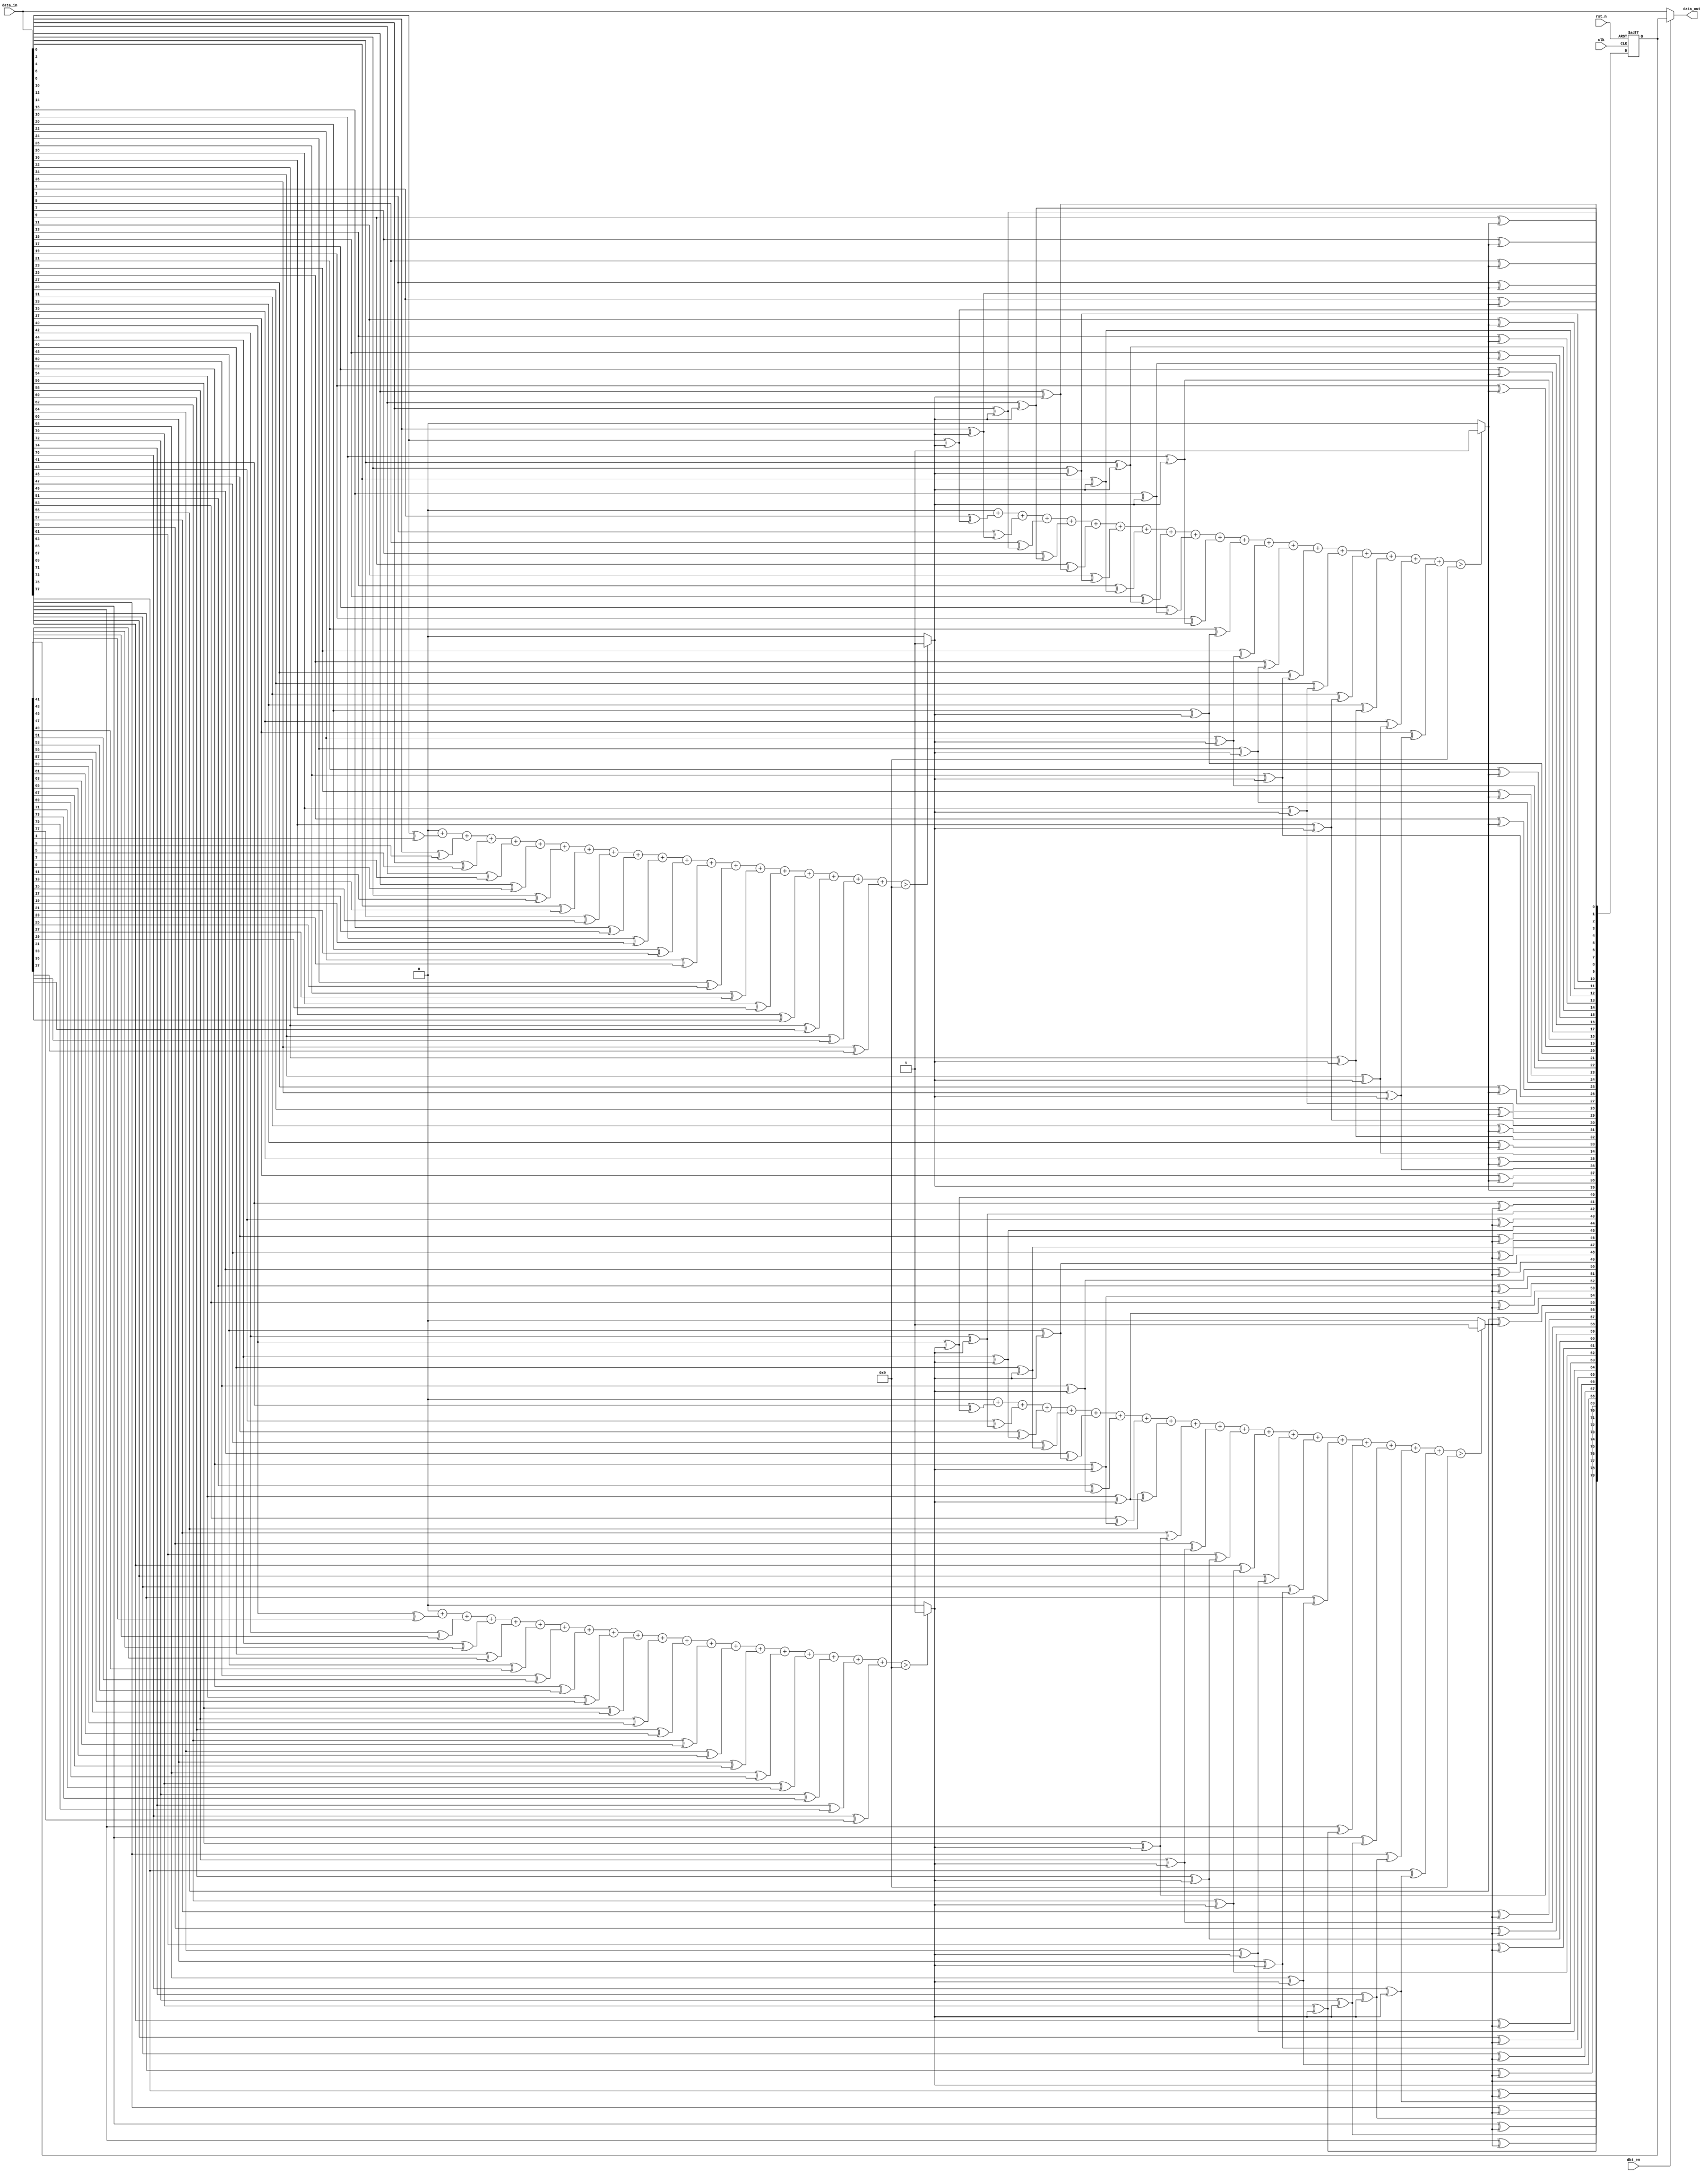
module aib_tx_dbi (
   // Inputs
   input  wire        rst_n,   // Asynchronous reset
   input  wire        clk,     // Clock
   input  wire [79:0] data_in, // Data input before DBI logic
   input  wire        dbi_en,  // Data bus inversion (DBI) enable
   // Outputs
   output wire [79:0] data_out // Data output after DBI logic
   );

wire [3:0]  dbi_calc;     // dbi_calc[1:0] takes DDR data pin TX[19],       
                          // dbi_calc[3:2] takes DDR data pin TX[39]        
wire [39:0] idat0;        // Even data group 78, 76, 74 ..0;                
wire [39:0] idat1;        // Odd  data group 79, 77, 75 ..1;                
wire [39:0] prev_dat0;    // Prev Even data group                           
wire [39:0] prev_dat1;    // Prev Odd  data group                           
wire [37:0] dbi_dat_lo;   // Low word with DB calculation - bits from 37-0  
wire [37:0] dbi_dat_hi;   // High word with DB calculation - bits from 77-40
wire  [79:0] next_dbi_data_out; // Calculated DBI data
reg  [79:0] dbi_data_out; // Register to latch data after DBI calculation

// Output MUX to select data based on DBI enabled
assign data_out = dbi_en? dbi_data_out : data_in;

// Pre-calculation of DBI bits
genvar i; // Generate index
generate
for (i=0; i<40; i=i+1) 
  begin:data_in_gen
  assign idat0[i] = data_in[2*i];   //Even data group 78, 76, 74 ..0;
  assign idat1[i] = data_in[2*i+1]; //Odd  data group 79, 77, 75 ..1;

  assign prev_dat0[i] = next_dbi_data_out[2*i];//Prev Even data group. Used to 
                                            //get dbi[1] and dbi[3] calculation
  assign prev_dat1[i] = dbi_data_out[2*i+1];//Prev Odd  data group. Used to get
                                            // dbi[0] and dbi[2] calculation
  end // block: data_in_gen
endgenerate

// Calculation of data bits 79, 78, 39 and 38 used on DBI
assign dbi_calc = {dbi_value(idat1[38:20],
                   prev_dat0[38:20]),
                   dbi_value(idat0[38:20],
                   prev_dat1[38:20]),
                   dbi_value(idat1[18:0],
                   prev_dat0[18:0]),
                   dbi_value(idat0[18:0],
                   prev_dat1[18:0])};

// Calculation of DBI data - low word and high word
genvar j; // Generate index
generate
for (j=0; j<19; j=j+1)
  begin:data_out_gen
    assign dbi_dat_lo[2*j]   = idat0[j]^dbi_calc[0];
    assign dbi_dat_lo[2*j+1] = idat1[j]^dbi_calc[1];
    assign dbi_dat_hi[2*j]   = idat0[j+20]^dbi_calc[2];
    assign dbi_dat_hi[2*j+1] = idat1[j+20]^dbi_calc[3];
end
endgenerate

// Calculated bits after DBI logic
assign next_dbi_data_out = {dbi_calc[3:2], dbi_dat_hi,
                            dbi_calc[1:0], dbi_dat_lo};

// DBI data output registered
always @(posedge clk or negedge rst_n)
  begin: dbi_data_out_register
    if (!rst_n)
      begin
        dbi_data_out <= 80'h0;
      end
    else
      begin
        dbi_data_out <= next_dbi_data_out;
      end
  end // block: dbi_data_out_register

// Function to calculate each DBI bit
function  reg dbi_value (
  input [18:0] cur_d,  // Current data
  input [18:0] prv_d); // Previous data
  integer          i;  // Integer index
  reg [4:0] tmp;       // Temporary variable
  reg [18:0] dbi_bit;  // Intermediate DBI value

  tmp = 5'd0;                            
  for (i=0; i<19; i=i+1)                 
    begin                                
      dbi_bit[i] = cur_d[i] ^ prv_d[i];  
      tmp = tmp + dbi_bit[i];            
    end                                  
  dbi_value = (tmp > 9) ? 1 : 0;         
endfunction // block: dbi_value function


endmodule